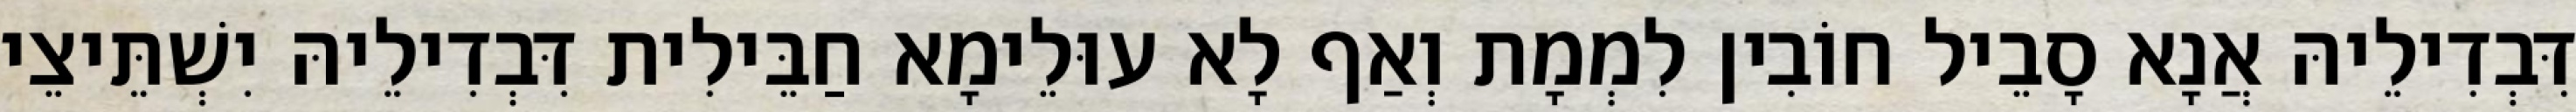
דִּבְדִילֵיהּ אֲנָא סָבֵיל חוֹבִין לִמְמָת וְאַף לָא עוּלֵימָא חַבֵּילִית דִּבְדִילֵיהּ יִשְׁתֵּיצֵי